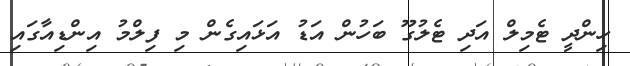
ހިންދީ ޓެމިލް އަދި ޓެލުގޫ ބަހުން އަޑު އަޅައިގެން މި ފިލްމު އިންޑިއާގައި